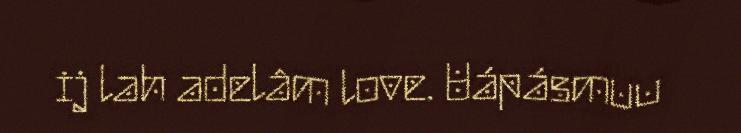
ij lah adelâm love. Uápásmuu